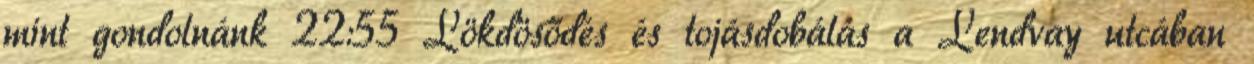
mint gondolnánk 22:55 Lökdösődés és tojásdobálás a Lendvay utcában